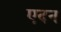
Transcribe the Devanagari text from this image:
एदन